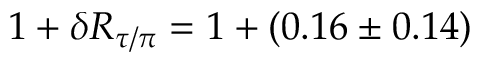
1 + \delta R _ { \tau / \pi } = 1 + ( 0 . 1 6 \pm 0 . 1 4 ) \